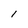
Character: l